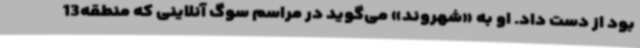
بود از دست داد. او به «شهروند» می‌گوید در مراسم سوگ آنلاینی که منطقه13